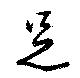
足